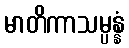
မာတိကာသမ္ပန္နံ